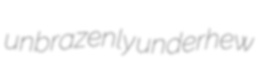
unbrazenly underhew